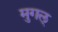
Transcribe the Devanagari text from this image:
मुगल्